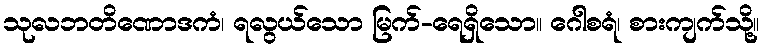
သုလဘတိဏောဒကံ၊ ရလွယ်သော မြက်-ရေရှိသော။ ဂေါစရံ၊ စားကျက်သို့။